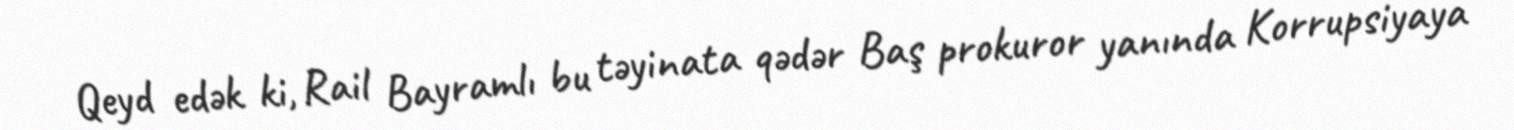
Qeyd edək ki, Rail Bayramlı bu təyinata qədər Baş prokuror yanında Korrupsiyaya